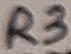
Text: R3